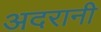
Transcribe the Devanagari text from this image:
अदरानी